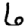
Digit: 6